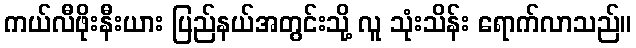
ကယ်လီဖိုးနီးယား ပြည်နယ်အတွင်းသို့ လူ သုံးသိန်း ရောက်လာသည်။